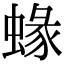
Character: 蝝